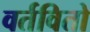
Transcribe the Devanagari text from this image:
वर्तवितो